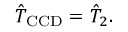
\hat { T } _ { \mathrm { C C D } } = \hat { T } _ { 2 } .